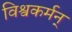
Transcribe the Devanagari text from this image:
विश्वकर्मन्‌